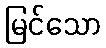
မြင်သော